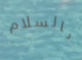
بالسلام